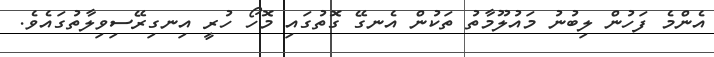
އެންމެ ފަހުން ލިބުނު މައުލޫމާތު ތަކުން އެނގޭ ގޮތުގައި މޮހޯ ހުރީ އިނގިރޭސިވިލާތުގައެވެ.